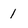
Character: 1